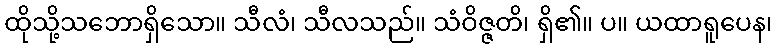
ထိုသို့သဘောရှိသော။ သီလံ၊ သီလသည်။ သံဝိဇ္ဇတိ၊ ရှိ၏။ ပ။ ယထာရူပေန၊